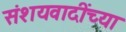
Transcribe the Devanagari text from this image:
संशयवादींच्या